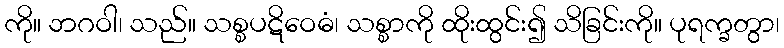
ကို။ ဘဂဝါ၊ သည်။ သစ္စပဋိဝေဓံ၊ သစ္စာကို ထိုးထွင်း၍ သိခြင်းကို။ ပုရက္ခတွာ၊